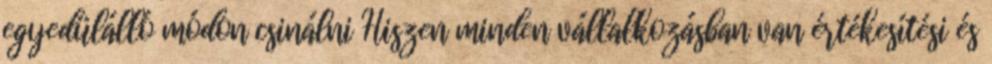
egyedülálló módon csinálni Hiszen minden vállalkozásban van értékesítési és